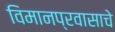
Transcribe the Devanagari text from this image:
विमानप्रवासाचे